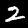
Digit: 2